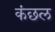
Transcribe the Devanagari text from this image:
कंछल